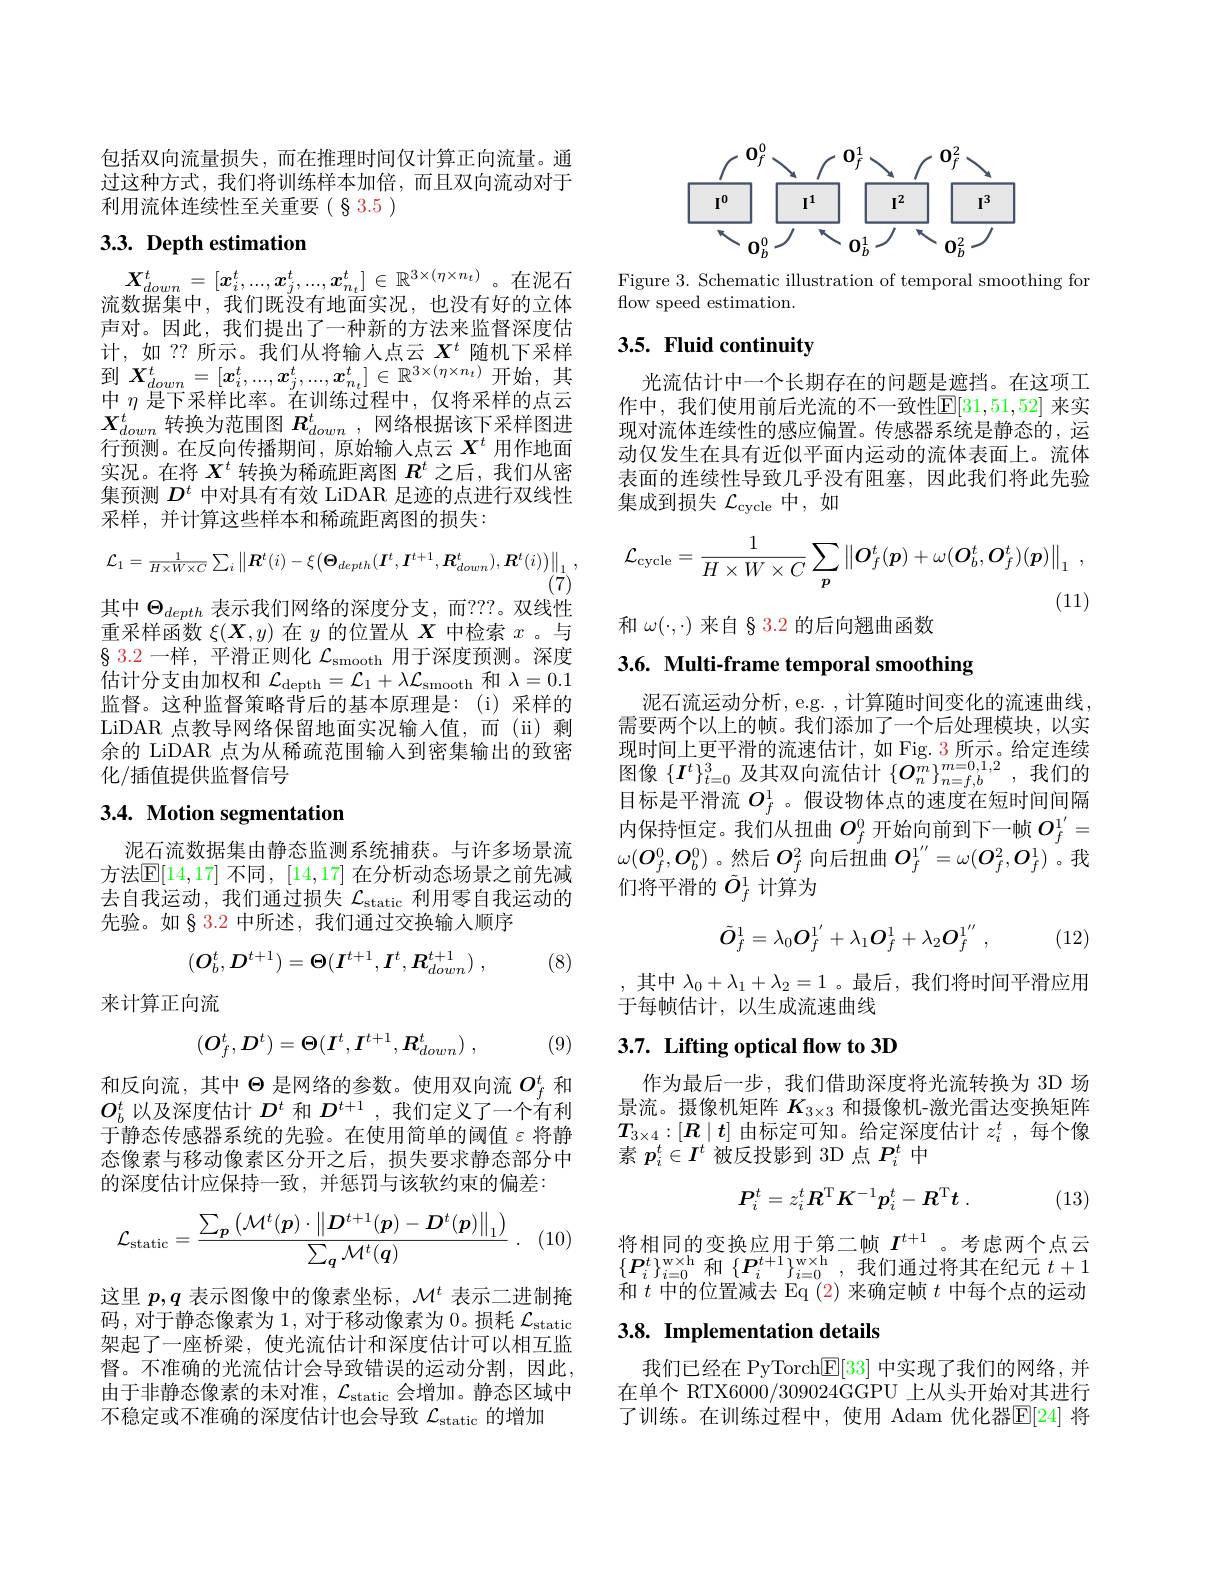
包括双向流量损失，而在推理时间仅计算正向流量。通过这种方式，我们将训练样本加倍，而且双向流动对于利用流体连续性至关重要(§3.5)

## 3.3. Depth estimation

$\boldsymbol{X}_{down}^t=[\boldsymbol{x}_i^t,...,\boldsymbol{x}_j^t,...,\boldsymbol{x}_{n_t}^t]\in\mathbb{R}^{3\times(\eta\times n_t)}$。在泥石流数据集中，我们既没有地面实况，也没有好的立体声对。因此，我们提出了一种新的方法来监督深度估计，如 ?? 所示。我们从将输入点云$X^t$随机下采样到$X_{down}^t=[x_i^t,...,x_j^t,...,x_{n_t}^t]\in\mathbb{R}^{3\times(\eta\times n_t)}$开始，其中$\eta$是下采样比率。在训练过程中，仅将采样的点云$X_{down}^t$转换为范围图$R_down$,网络根据该下采样图进行预测。在反向传播期间，原始输入点云$X^t$用作地面实况。在将$X^t$转换为稀疏距离图$R^t$之后，我们从密集预测$D^t$中对具有有效 LiDAR 足迹的点进行双线性采样，并计算这些样本和稀疏距离图的损失：
$$\mathcal{L}_{1}=\frac{1}{H\times W\times C}\sum_{i}\left\|\boldsymbol{R}^{t}(i)-\xi\big(\boldsymbol{\Theta}_{depth}(\boldsymbol{I}^{t},\boldsymbol{I}^{t+1},\boldsymbol{R}_{down}^{t}),\boldsymbol{R}^{t}(i)\big)\right\|_{1},$$
其中$\Theta_{depth}$表示我们网络的深度分支，而？??。双线性重采样函数$\xi(\boldsymbol{X},y)$在$y$的位置从$X$中检索$x$ 。与$\S$ 3.2 一样，平滑正则化$\mathcal{L}_\mathrm{smooth}$用于深度预测。深度估计分支由加权和$\mathcal{L}_\mathrm{depth}=\mathcal{L}_1+\lambda\mathcal{L}_\mathrm{smooth}$和$\lambda=0.1$ 监督。这种监督策略背后的基本原理是：(i)采样的LiDAR 点教导网络保留地面实况输入值，而(ii)剩余的 LiDAR 点为从稀疏范围输入到密集输出的致密化/插值提供监督信号

# 3.4. Motion segmentation

泥石流数据集由静态监测系统捕获。与许多场景流方法$\mathbb{E}[14,17]$ 不同，[14,17] 在分析动态场景之前先减去自我运动，我们通过损失$\mathcal{L}_\mathrm{static}$利用零自我运动的先验。如§ 3.2 中所述，我们通过交换输入顺序
$$(O_b^t,D^{t+1})=\Theta(I^{t+1},I^t,R_{down}^{t+1})\:,$$
(8)

来计算正向流
$$(O_f^t,D^t)=\Theta(I^t,I^{t+1},R_{down}^t)\:,$$
(9)

和反向流，其中$\Theta$是网络的参数。使用双向流$O_f^t$和$O_b^t$以及深度估计$D^t$和$D^t+1$ ,我们定义了一个有利于静态传感器系统的先验。在使用简单的阈值$\varepsilon$将静态像素与移动像素区分开之后，损失要求静态部分中的深度估计应保持一致，并惩罚与该软约束的偏差：
$$\mathcal{L}_{\mathrm{static}}=\frac{\sum_{\boldsymbol{p}}\left(\mathcal{M}^t(\boldsymbol{p})\cdot\left\|\boldsymbol{D}^{t+1}(\boldsymbol{p})-\boldsymbol{D}^t(\boldsymbol{p})\right\|_1\right)}{\sum_{\boldsymbol{q}}\mathcal{M}^t(\boldsymbol{q})}\:.$$
 (10)

这里$p,q$表示图像中的像素坐标，$\mathcal{M}^t$表示二进制掩码，对于静态像素为 1, 对于移动像素为 0。损耗$\mathcal{L}_\mathrm{static}$ 架起了一座桥梁，使光流估计和深度估计可以相互监督。不准确的光流估计会导致错误的运动分割，因此由于非静态像素的未对准，$\mathcal{L}_\mathrm{static}$会增加。静态区域中不稳定或不准确的深度估计也会导致$\mathcal{L}_\mathrm{static}$的增加
$$\underset{\begin{array}{c}\boxed{\mathbf{I}^0}\\\hline\end{array}}{\operatorname*{\overset{\mathbf{O}_f^0}{\operatorname*{\longrightarrow}}}}\underset{\begin{array}{c}\boxed{\mathbf{I}^1}\\\end{array}}{\operatorname*{\overset{\mathbf{O}_f^1}{\operatorname*{\longrightarrow}}}}\underset{\begin{array}{c}\boxed{\mathbf{I}^2}\\\end{array}}{\operatorname*{\overset{\mathbf{O}_f^2}{\operatorname*{\longrightarrow}}}}\underset{\begin{array}{c}\boxed{\mathbf{I}^3}\\\end{array}}{\operatorname*{\overset{\mathbf{O}_b^2}{\operatorname*{\longrightarrow}}}}$$
Figure 3. Schematic illustration of temporal smoothing for
flow speed estimation.

## 3.5. Fluid continuity

光流估计中一个长期存在的问题是遮挡。在这项工作中，我们使用前后光流的不一致性$\mathbb{E}[31,51,52]$ 来实现对流体连续性的感应偏置。传感器系统是静态的，运动仅发生在具有近似平面内运动的流体表面上。流体表面的连续性导致几乎没有阻塞，因此我们将此先验集成到损失$\mathcal{L}_\mathrm{cycle}$中，如
$$\mathcal{L}_{\mathrm{cycle}}=\frac{1}{H\times W\times C}\sum_{p}\left\|\boldsymbol{O}_{f}^{t}(\boldsymbol{p})+\omega(\boldsymbol{O}_{b}^{t},\boldsymbol{O}_{f}^{t})(\boldsymbol{p})\right\|_{1}\:,$$
和$\omega(\cdot,\cdot)$来自 § 3.2 的后向翘曲函数

3.6. Multi-frame temporal smoothing

泥石流运动分析，e.g. , 计算随时间变化的流速曲线， 需要两个以上的帧。我们添加了一个后处理模块，以实现时间上更平滑的流速估计，如 Fig. 3 所示。给定连续风 时 间 上 大 $\mid \text{日 时 间 还 旧 计 , A}^{1}$, 15年 19月 10, 4月 1日 代 图 像 $\{ \boldsymbol{I}^{t}\} _{t= 0}^{3}$ 及 其 双 向 流 估 计 $\{ \boldsymbol{O}_{n}^{m}\} _{n= f, b}^{m= 0, 1, 2}$, 我 们 的目标是平滑流$O_f^1$ 。假设物体点的速度在短时间间隔内保持恒定。我们从扭曲$O_f^0$开始向前到下一帧$O_f^{1^{\prime}}=$ $\omega(\boldsymbol{O}_{f}^{0},\boldsymbol{O}_{b}^{0})$。然后$O_f^2$ 向后扭曲 $O_f^{1^{\prime\prime}}=\omega(\boldsymbol{O}_f^2,\boldsymbol{O}_f^1)$。我们将平滑的$\tilde{O}_f^1$计算为
$$\tilde{O}_f^1=\lambda_0O_f^{1^{\prime}}+\lambda_1O_f^1+\lambda_2O_f^{1^{\prime\prime}}\:,$$
(12)

,其中$\lambda_0+\lambda_1+\lambda_2=1$ 。最后 ,我们将时间平滑应用
于每帧估计，以生成流速曲线

## 3.7. Lifting optical fow to 3D

作为最后一步，我们借助深度将光流转换为 3D 场景流。摄像机矩阵$K_{3\times3}$和摄像机-激光雷达变换矩阵$T_{3\times4}:[\boldsymbol{R}\mid t]$由标定可知。给定深度估计$z_i^t$ ,每个像素$p_i^t\in I^t$被反投影到 3D 点$P_i^t$中
$$P_i^t=z_i^tR^\mathrm{T}K^{-1}p_i^t-R^\mathrm{T}t\:.$$
(13)

将相同的变换应用于第二帧$I^{t+1}$。考虑两个点云$\{\boldsymbol{P}_{i}^{t}\}_{i=0}^{\mathrm{w\times h}}$和$\{\boldsymbol{P}_{i}^{t+1}\}_{i=0}^{\mathrm{w\times h}}$,我们通过将其在纪元$t+1$ 和$t$中的位置减去 Eq (2) 来确定帧$t$中每个点的运动

## 3.8. Implementation details

我们已经在 PyTorch$\mathbb{E}[33]$中实现了我们的网络，并在单个 RTX6000/309024GGPU 上从头开始对其进行了训练。在训练过程中，使用 Adam 优化器$\mathbb{E}[24]$ 将